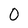
Character: O